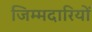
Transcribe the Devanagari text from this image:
जिम्मदारियों